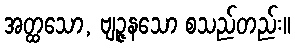
အတ္ထသော, ဗျဉ္ဇနသော စသည်တည်း။